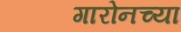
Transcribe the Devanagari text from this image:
गारोनच्या